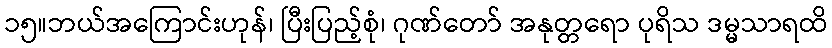
၁၅။ဘယ်အကြောင်းဟုန်၊ ပြီးပြည့်စုံ၊ ဂုဏ်တော် အနုတ္တရော ပုရိသ ဒမ္မသာရထိ